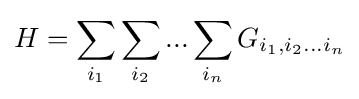
H=\sum _{i_{1}}\sum _{i_{2}}...\sum _{i_{n}}G_{i_{1},i_{2}...i_{n}}